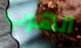
الهرب